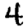
Digit: 4